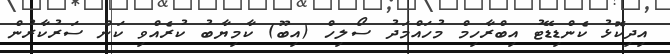
އިދިކޮޅު ކެންޑިޑޭޓު އިބްރާހިމް މުހައްމަދު ސޯލިހް (އިބޫ) ކާމިޔާބު ކުރެއްވި ކަން ސަރުކާރުން